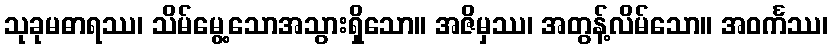
သုခုမဓာရဿ၊ သိမ်မွေ့သောအသွားရှိသော။ အဇိမှဿ၊ အတွန့်လိမ်သော။ အဝင်္ကဿ၊